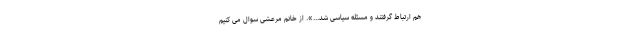
هم ارتباط گرفتند و مسئله سیاسی شد...». از خانم مرعشی سوال می کنیم